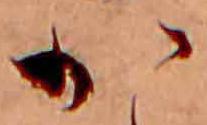
か